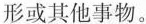
形或其他事物。